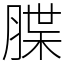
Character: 䐑